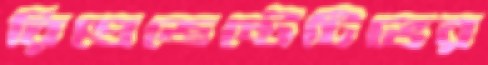
রিপ্রেজেন্টেটিভের